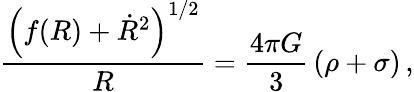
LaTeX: \frac{\left(f(R)+\dot{R}^{2}\right)^{1/2}}{R}=\frac{4\pi G}{3}\, (\rho+\sigma)\, ,